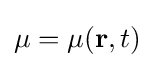
\mu =\mu (\mathbf {r} ,t)